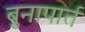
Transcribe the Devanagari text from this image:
बुनापार्त